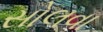
સોલવા